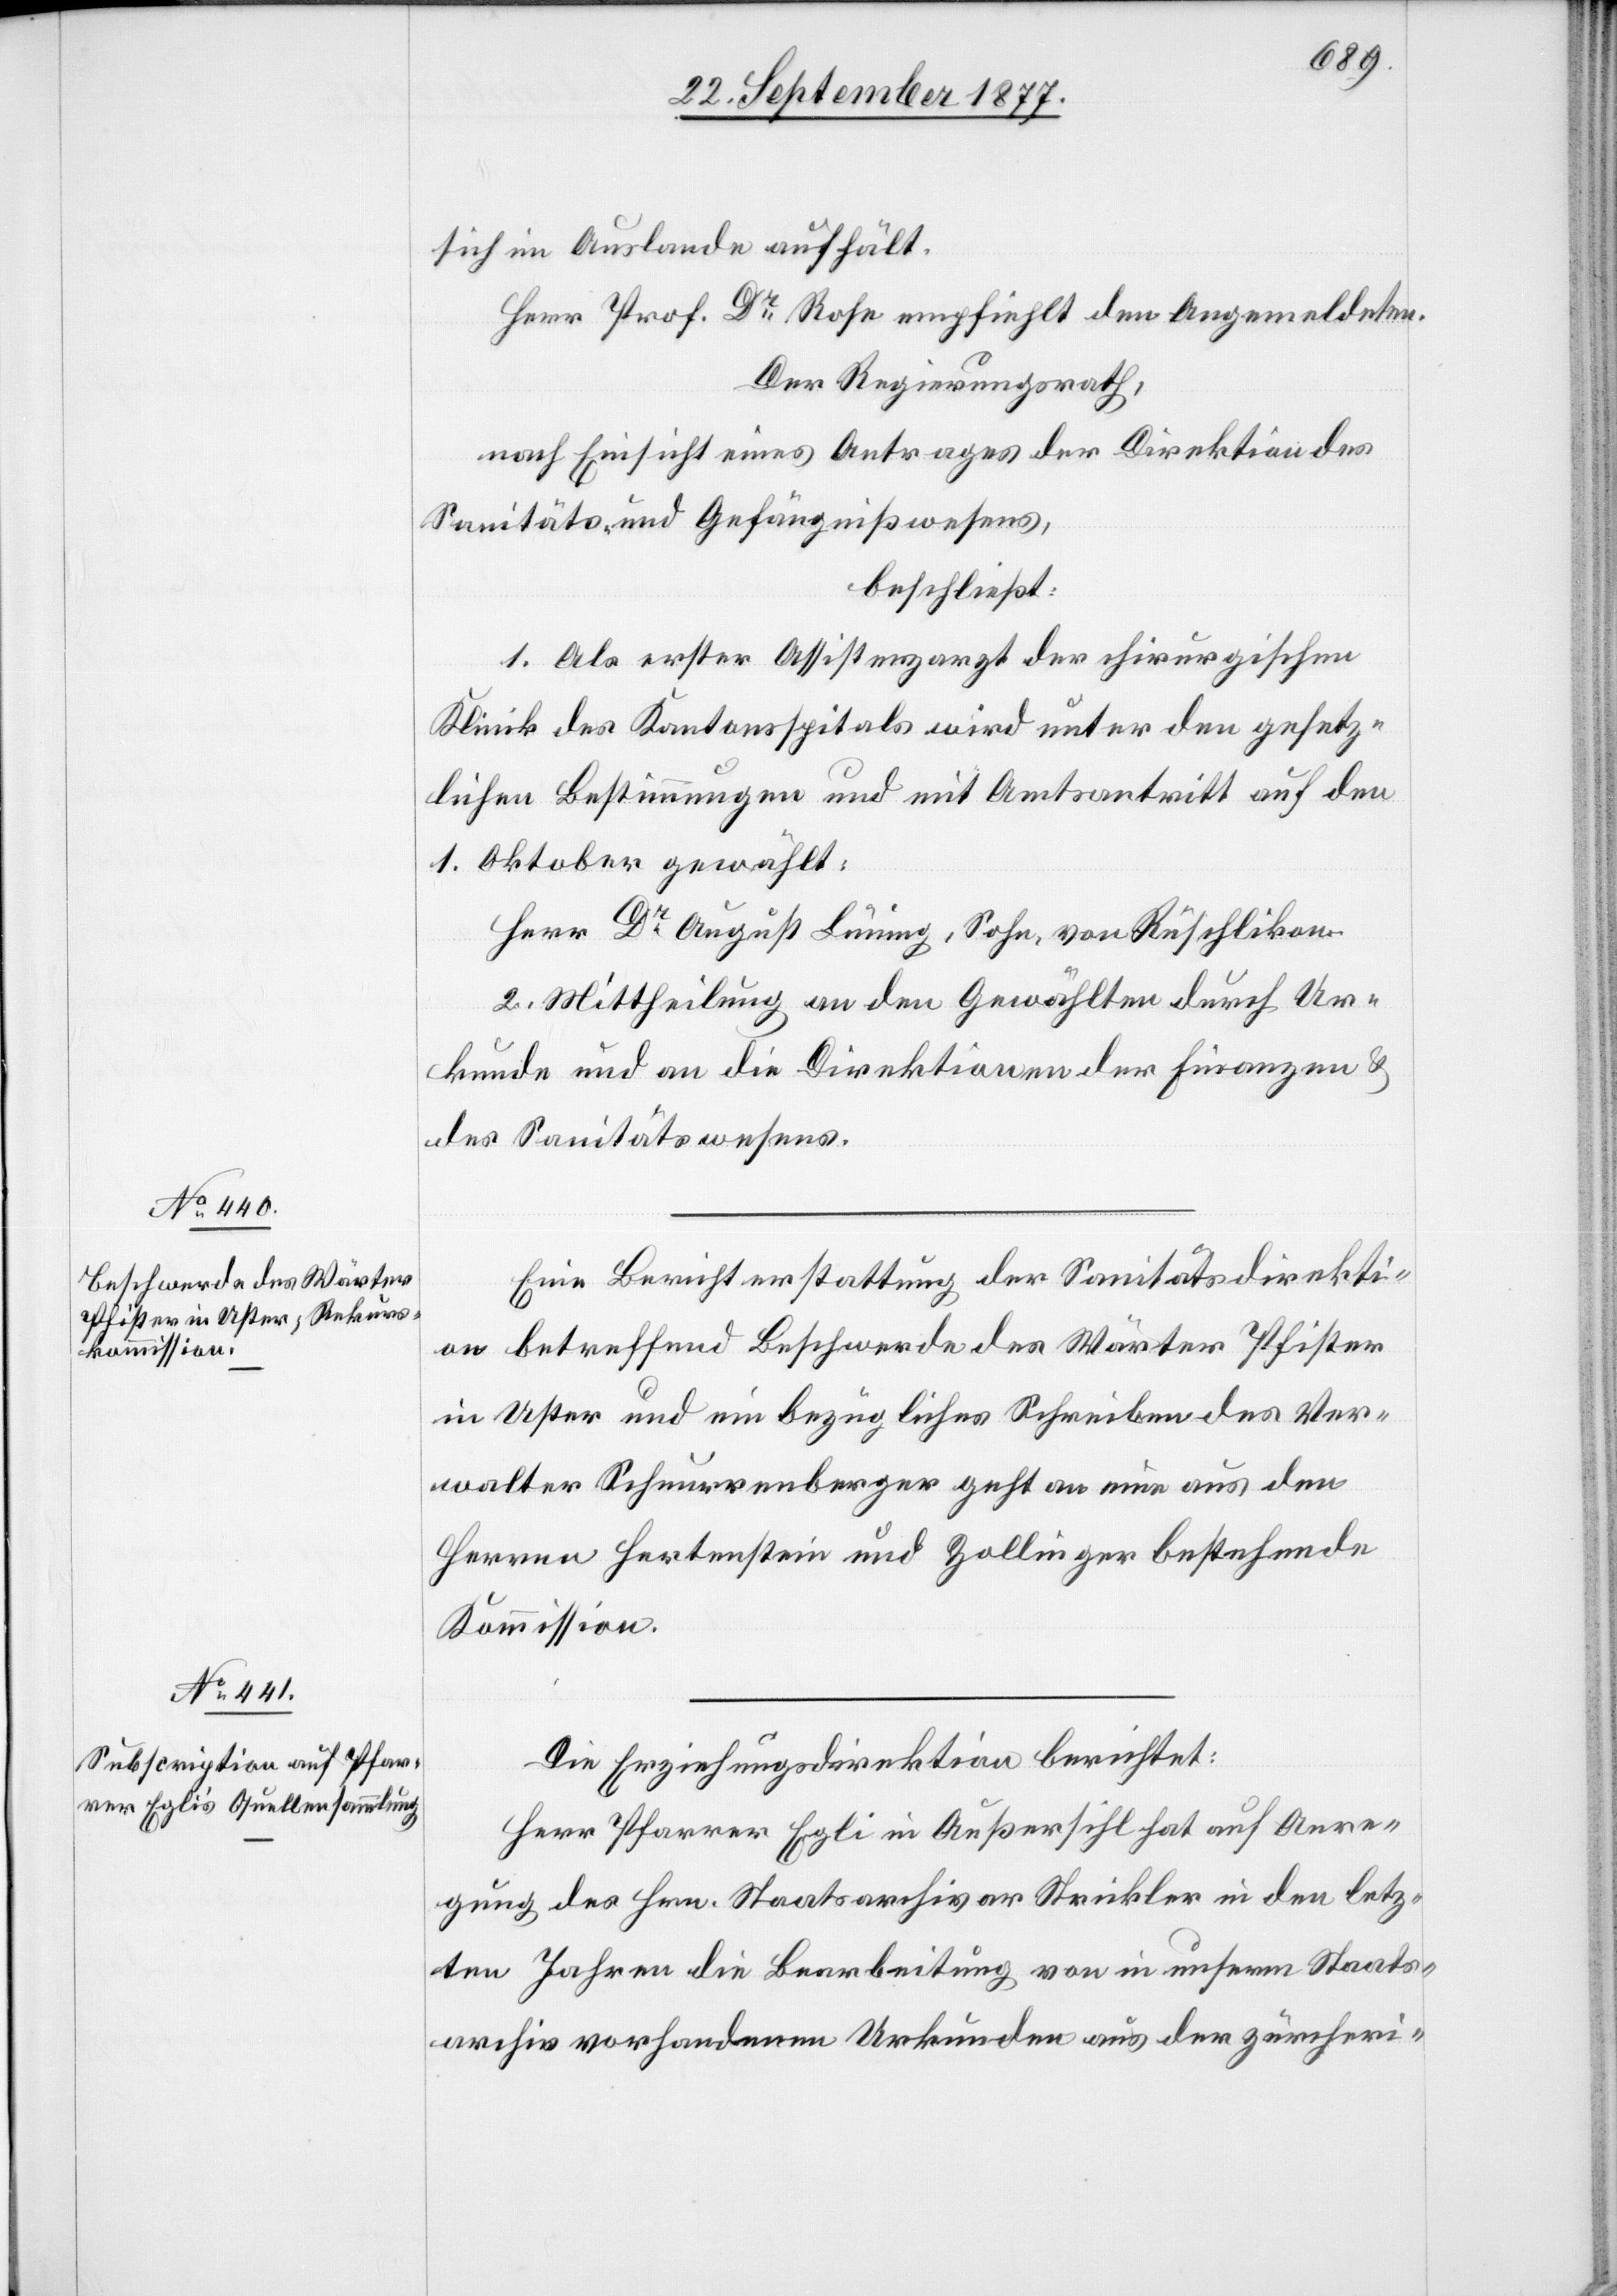
sich im Auslande aufhält.
Herr Prof. Dr Rose empfiehlt den Angemeldeten.
Der Regierungsrath,
nach Einsicht eines Antrages der Direktion des
Sanitäts- und Gefängnißwesens,
beschließt:
1. Als erster Assistenzarzt der chirurgischen
Klinik des Kantonsspitals wird unter den gesetz¬
lichen Bestimmungen und mit Amtsantritt auf den
1. Oktober gewählt:
Herr Dr August Lüning, Sohn, von Rüschlikon.
2. Mittheilung an den Gewählten durch Ur¬
kunde und an die Direktionen der Finanzen &
des Sanitätswesens.
Eine Berichterstattung der Sanitätsdirekti¬
on betreffend Beschwerde des Wärter Pfister
in Uster und ein bezügliches Schreiben des Ver¬
walter Schnurrenberger geht an eine aus den
Herren Hertenstein und Zollinger bestehende
Kommission.
Die Erziehungsdirektion berichtet:
Herr Pfarrer Egli in Außersihl hat auf Anre¬
gung des Hrn. Staatsarchivar Strickler in den letz¬
ten Jahren die Bearbeitung von in unserm Staats¬
archiv vorhandenen Urkunden aus der zürcheri-